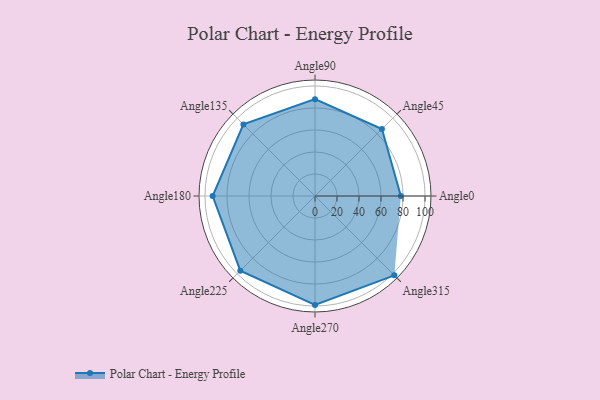
{"axis": {"x": "Angle", "y": "Radius"}, "legend": [""], "data": [{"x": "Angle0", "y": 78.0, "type": ""}, {"x": "Angle45", "y": 86.0, "type": ""}, {"x": "Angle90", "y": 88.0, "type": ""}, {"x": "Angle135", "y": 92.0, "type": ""}, {"x": "Angle180", "y": 93.0, "type": ""}, {"x": "Angle225", "y": 96.0, "type": ""}, {"x": "Angle270", "y": 99.0, "type": ""}, {"x": "Angle315", "y": 102.0, "type": ""}]}